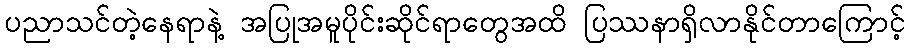
ပညာသင်တဲ့နေရာနဲ့ အပြုအမူပိုင်းဆိုင်ရာတွေအထိ ပြဿနာရှိလာနိုင်တာကြောင့်